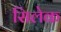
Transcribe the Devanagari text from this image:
सिलेक